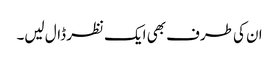
ان کی طرف بھی ایک نظر ڈال لیں۔